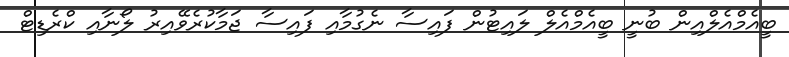
ބީއެމްއެލްއިން ބުނީ ބީއެމްއެލް ލައިޓުން ފައިސާ ނެގުމާއި ފައިސާ ޖަމާކުރެވޭއިރު ލޯނާއި ކްރެޑިޓް